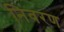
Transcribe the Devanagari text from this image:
निवरण